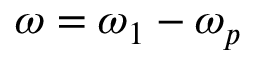
\omega = \omega _ { 1 } - \omega _ { p }